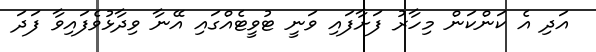
އަދި އެ ކަންކަން މިހާރު ފަށާފައި ވަނީ ޓުވީޓެއްގައި އޭނާ ވިދާޅުވެފައިވާ ފަދަ